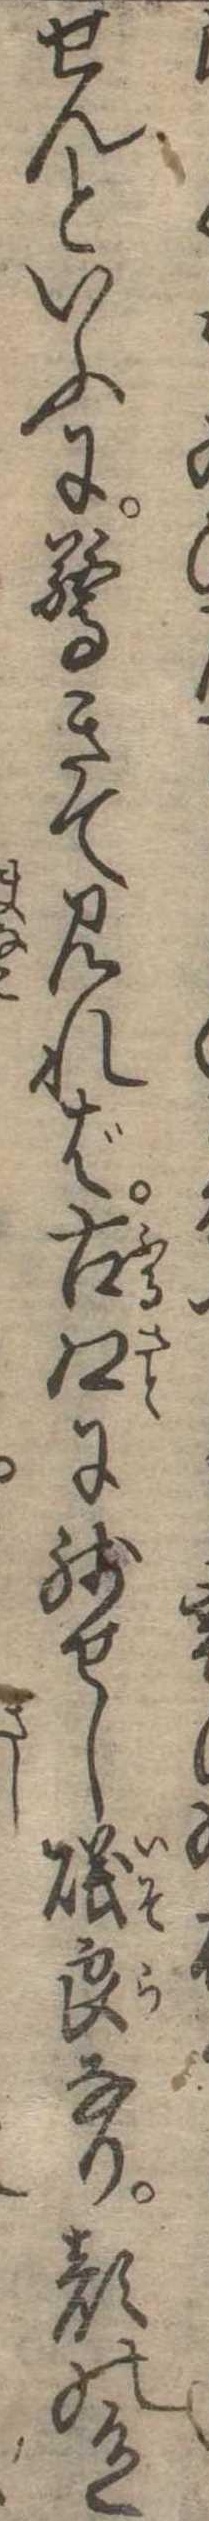
せんといふに驚きて見れば古郷に残せし磯良なり顔の色